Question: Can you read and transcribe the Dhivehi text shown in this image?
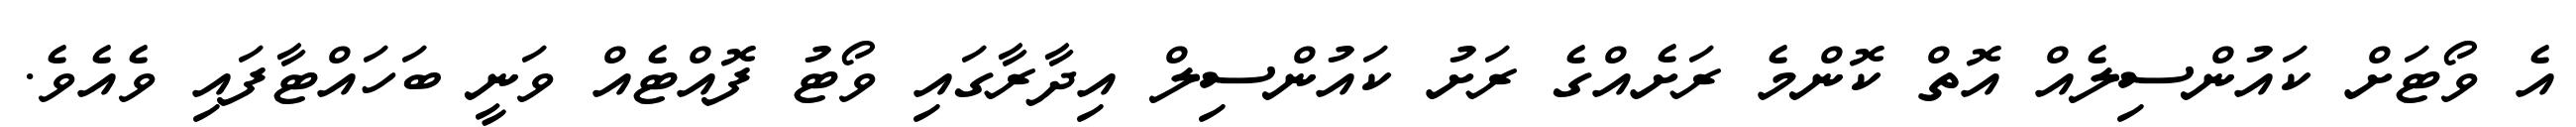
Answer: އެ ވޯޓަށް ކައުންސިލެއް އޮތް ކޮންމެ ރަށެއްގެ ރަށު ކައުންސިލް އިދާރާގައި ވޯޓު ފޮއްޓެއް ވަނީ ބަހައްޓާފައި ވެއެވެ.